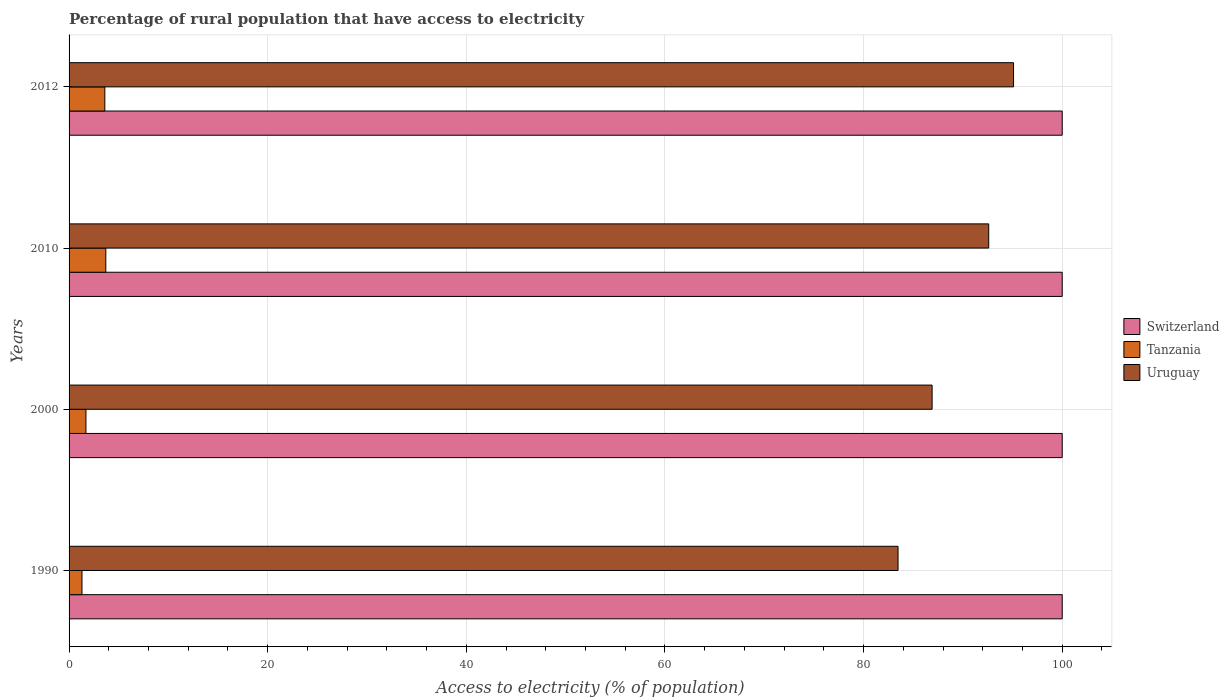
| Years | Switzerland | Tanzania | Uruguay |
 | --- | --- | --- | --- |
 | 1990 | 100 | 1.3 | 83.5 |
 | 2000 | 100 | 1.7 | 86.9 |
 | 2010 | 100 | 3.7 | 92.6 |
 | 2012 | 100 | 3.6 | 95.1 |